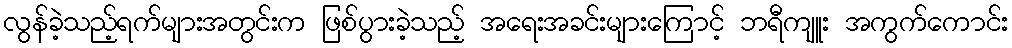
လွန်ခဲ့သည့်ရက်များအတွင်းက ဖြစ်ပွားခဲ့သည့် အရေးအခင်းများကြောင့် ဘရီကျူး အကွက်ကောင်း